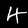
Label: 4